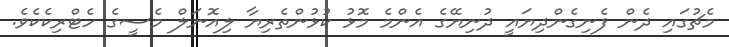
މެޗުގައި ދެން ފެނިގެންދިޔައީ ދުނިޔޭގެ އެންމެ މޮޅު ކުޅުންތެރިޔާ ލިއޮނަލް މެސީގެ ހެޓްރިކެކެވެ.